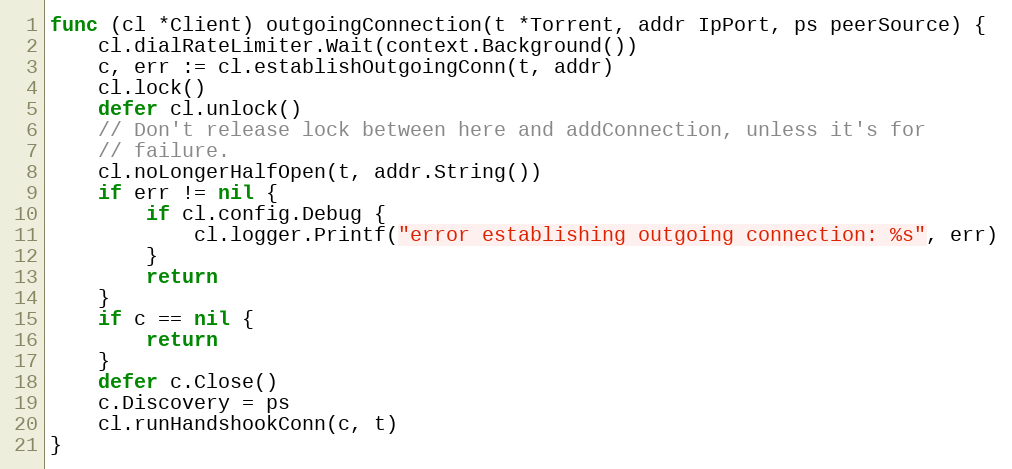
Language: Go
func (cl *Client) outgoingConnection(t *Torrent, addr IpPort, ps peerSource) {
	cl.dialRateLimiter.Wait(context.Background())
	c, err := cl.establishOutgoingConn(t, addr)
	cl.lock()
	defer cl.unlock()
	// Don't release lock between here and addConnection, unless it's for
	// failure.
	cl.noLongerHalfOpen(t, addr.String())
	if err != nil {
		if cl.config.Debug {
			cl.logger.Printf("error establishing outgoing connection: %s", err)
		}
		return
	}
	if c == nil {
		return
	}
	defer c.Close()
	c.Discovery = ps
	cl.runHandshookConn(c, t)
}